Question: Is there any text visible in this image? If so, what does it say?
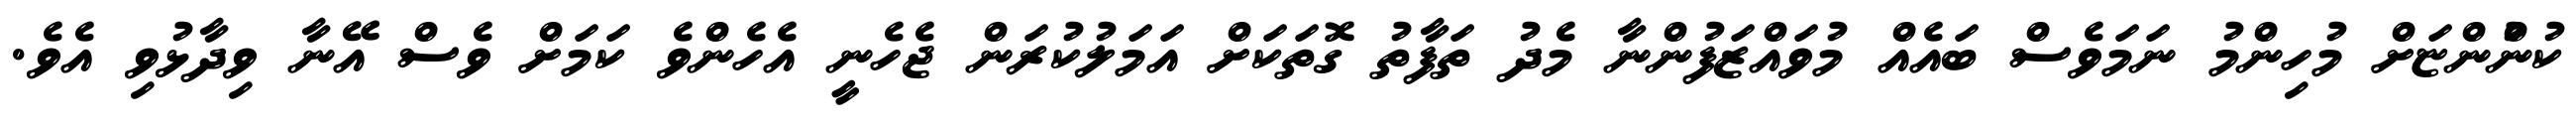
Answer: ކުންުންޏަށް މުހިންމު ނަމަވެސް ބައެއް މުވައްޒަފުންނާ މެދު ތަފާތު ގޮތަކަށް އަމަލުކުރަން ޖެހެނީ އެހެންވެ ކަމަށް ވެސް އޭނާ ވިދާޅުވި އެވެ.